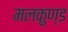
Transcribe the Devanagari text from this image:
मलकुण्ड